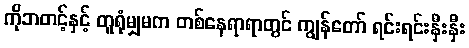
ကိုဘတင့်နှင့် တူရုံမျှမက တစ်နေရာရာတွင် ကျွန်တော် ရင်းရင်းနှီးနှီး